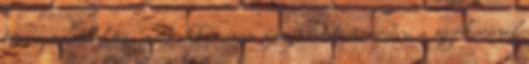
tőzeges földhöz, mert akkor nem fog összetömörödni a gyökerénél